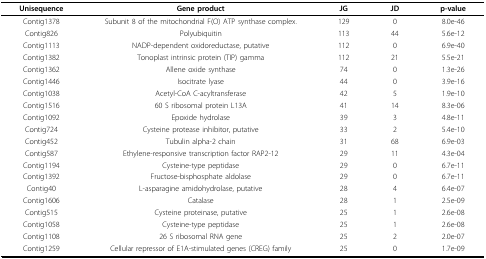
| Unisequence | Gene product | JG | JD | p-value |
 | --- | --- | --- | --- | --- |
 | Contig1378 | Subunit 8 of the mitochondrial F(O) ATP synthase complex. | 129 | 0 | 8.0e-46 |
 | Contig826 | Polyubiquitin | 113 | 44 | 5.6e-12 |
 | Contig1113 | NADP-dependent oxidoreductase, putative | 112 | 0 | 6.9e-40 |
 | Contig1382 | Tonoplast intrinsic protein (TIP) gamma | 112 | 21 | 5.5e-21 |
 | Contig1362 | Allene oxide synthase | 74 | 0 | 1.3e-26 |
 | Contig1446 | Isocitrate lyase | 44 | 0 | 3.9e-16 |
 | Contig1038 | Acetyl-CoA C-acyltransferase | 42 | 5 | 1.9e-10 |
 | Contig1516 | 60 S ribosomal protein L13A | 41 | 14 | 8.3e-06 |
 | Contig1092 | Epoxide hydrolase | 39 | 3 | 4.8e-11 |
 | Contig724 | Cysteine protease inhibitor, putative | 33 | 2 | 5.4e-10 |
 | Contig452 | Tubulin alpha-2 chain | 31 | 68 | 6.9e-03 |
 | Contig587 | Ethylene-responsive transcription factor RAP2-12 | 29 | 11 | 4.3e-04 |
 | Contig1194 | Cysteine-type peptidase | 29 | 0 | 6.7e-11 |
 | Contig1392 | Fructose-bisphosphate aldolase | 29 | 0 | 6.7e-11 |
 | Contig40 | L-asparagine amidohydrolase, putative | 28 | 4 | 6.4e-07 |
 | Contig1606 | Catalase | 28 | 1 | 2.5e-09 |
 | Contig515 | Cysteine proteinase, putative | 25 | 1 | 2.6e-08 |
 | Contig1058 | Cysteine-type peptidase | 25 | 1 | 2.6e-08 |
 | Contig1108 | 26 S ribosomal RNA gene | 25 | 2 | 2.0e-07 |
 | Contig1259 | Cellular repressor of E1A-stimulated genes (CREG) family | 25 | 0 | 1.7e-09 |